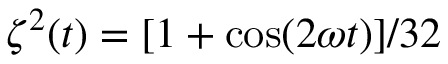
\zeta ^ { 2 } ( t ) = [ 1 + \cos ( 2 \omega t ) ] / 3 2